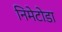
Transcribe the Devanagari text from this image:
निमेटोडा